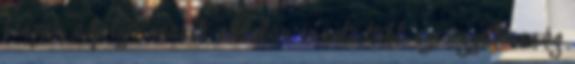
hiszen a folyó másik oldalán évente több ezer gyilkosság